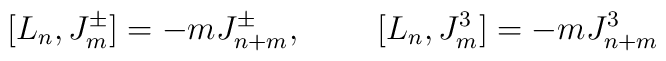
[L_n,J^{\pm}_m]=-mJ^{\pm}_{n+m},\;\;\;\;\;\;\;\;[L_n,J^3_m]=-mJ^3_{n+m}